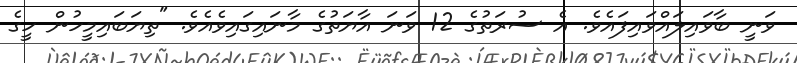
ވަނީ ބާވައިލައްވައިފައެވެ. އެ ސުރަތުގެ 12 ވަނަ އާޔަތުގެ މާނައިގައިވެއެވެ. "ތިޔަބައިމީހުން ހީގެ